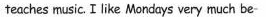
teaches music. I like Mondays very much be